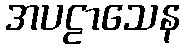
အပဠာသေန